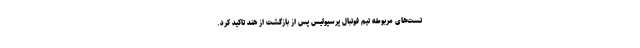
تست‌های مربوطه تیم فوتبال پرسپولیس پس از بازگشت از هند تاکید کرد.